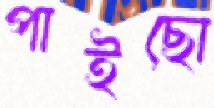
পাইছো